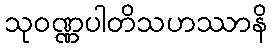
သုဝဏ္ဏပါတိသဟဿာနိ